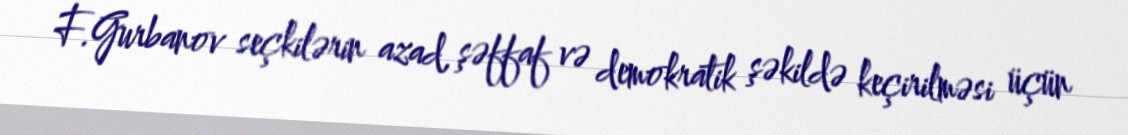
F.Gurbanov seçkilərin azad, şəffaf və demokratik şəkildə keçirilməsi üçün